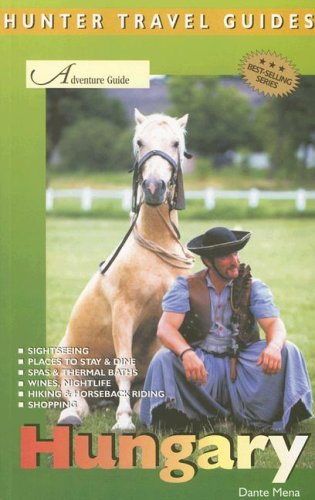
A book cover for Hungary Adventure Guide (Adventure Guide Series); Dante Mena; Travel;